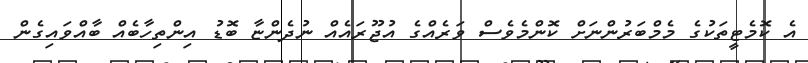
އެ ކޮމެޓީތަކުގެ މެމްބަރުންނަށް ކޮންމެވެސް ވަރެއްގެ އުޖޫރައެއް ނުދެންޏާ ބޮޑު އިންތިހާބެއް ބާއްވައިގެން